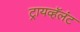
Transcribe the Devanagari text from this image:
ट्रायव्हॅलंट